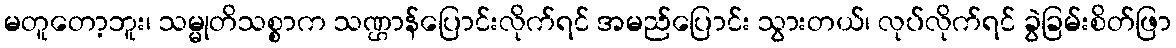
မတူတော့ဘူး၊ သမ္မုတိသစ္စာက သဏ္ဌာန်ပြောင်းလိုက်ရင် အမည်ပြောင်း သွားတယ်၊ လုပ်လိုက်ရင် ခွဲခြမ်းစိတ်ဖြာ